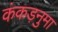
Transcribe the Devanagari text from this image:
कंकड़नुमा